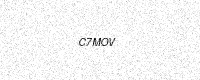
Text: C7MOV